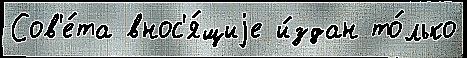
Сов'е́та внос'я́щиjе и́здан то́лько